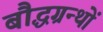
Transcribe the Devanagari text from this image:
बौद्धग्रन्थों